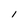
Character: I